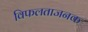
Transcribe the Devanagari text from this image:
विफलताजनक